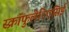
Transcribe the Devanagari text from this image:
स्क्रॉफुलेरिएसिई